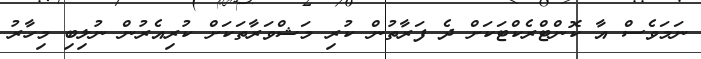
ނަމަވެސް އާ ކޮންޓްރެކްޓަކަށް ދެ ފަރާތުން ކުރި މަޝްވަރާތަކަށް ކުރިއެރުން ނުލިބި މިހާރު